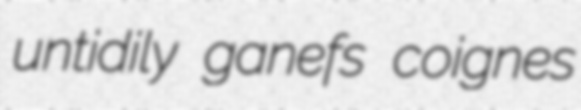
untidily ganefs coignes